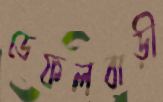
ডেফলবাড়ী